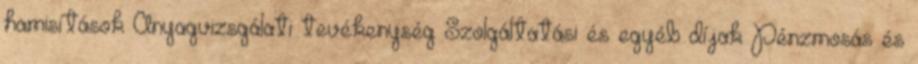
hamisítások Anyagvizsgálati tevékenység Szolgáltatási és egyéb díjak Pénzmosás és